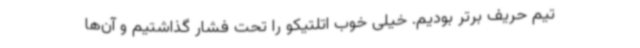
تیم حریف برتر بودیم. خیلی خوب اتلتیکو را تحت فشار گذاشتیم و آن‌ها